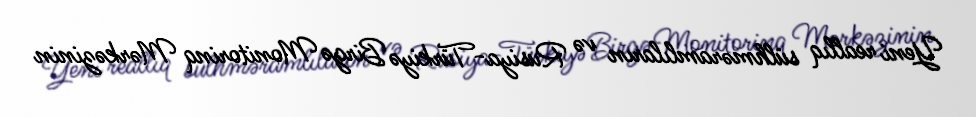
Yeni reallıq sülhməramlıların və Rusiya-Türkiyə Birgə Monitorinq Mərkəzinin